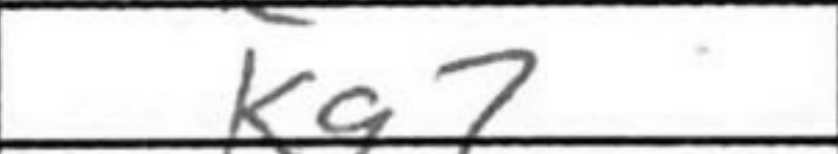
Transcription: Kg7